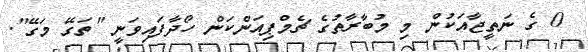
0 ގެ ނަތީޖާއަކުން މި މުބާރާތުގެ ޗެމްޕިއަންކަން ހޯދާފައިވަނީ "ތަގޭ މަގޭ".